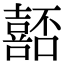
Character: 嚭